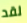
لقد